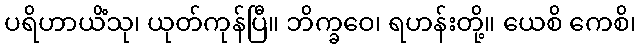
ပရိဟာယိံသု၊ ယုတ်ကုန်ပြီ။ ဘိက္ခဝေ၊ ရဟန်းတို့။ ယေစိ ကေစိ၊